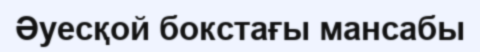
Әуесқой бокстағы мансабы